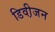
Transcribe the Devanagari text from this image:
डिवी़जन